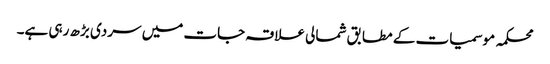
محکمہ موسمیات کے مطابق شمالی علاقہ جات میں سردی بڑھ رہی ہے۔